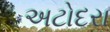
અટોદરા